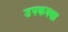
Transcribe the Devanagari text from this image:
उपकक्क्षा